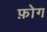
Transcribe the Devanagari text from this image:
फ़ोग